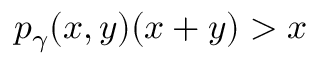
p _ { \gamma } ( x , y ) ( x + y ) > x